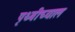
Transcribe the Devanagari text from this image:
पृथ्वीच्याल